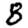
Digit: 8